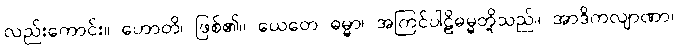
လည်းကောင်း။ ဟောတိ၊ ဖြစ်၏။ ယေတေ ဓမ္မာ၊ အကြင်ပါဠိဓမ္မတို့သည်။ အာဒိကလျာဏာ၊